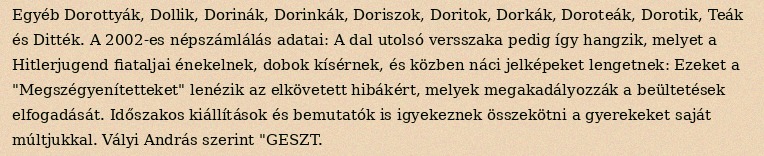
Egyéb Dorottyák, Dollik, Dorinák, Dorinkák, Doriszok, Doritok, Dorkák, Doroteák, Dorotik, Teák és Ditték. A 2002-es népszámlálás adatai: A dal utolsó versszaka pedig így hangzik, melyet a Hitlerjugend fiataljai énekelnek, dobok kísérnek, és közben náci jelképeket lengetnek: Ezeket a "Megszégyenítetteket" lenézik az elkövetett hibákért, melyek megakadályozzák a beültetések elfogadását. Időszakos kiállítások és bemutatók is igyekeznek összekötni a gyerekeket saját múltjukkal. Vályi András szerint "GESZT.